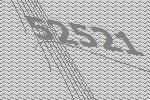
52521